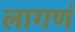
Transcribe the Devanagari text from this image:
लागणं